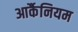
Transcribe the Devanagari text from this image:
आर्कैनियम